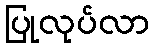
ပြုလုပ်လာ